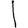
Digit: 1